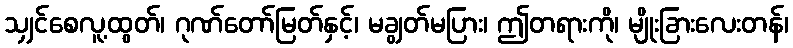
သျှင်စေလူ့ထွတ်၊ ဂုဏ်တော်မြတ်နှင့်၊ မချွတ်မပြား၊ ဤတရားကို၊ မျိုးခြားလေးတန်၊